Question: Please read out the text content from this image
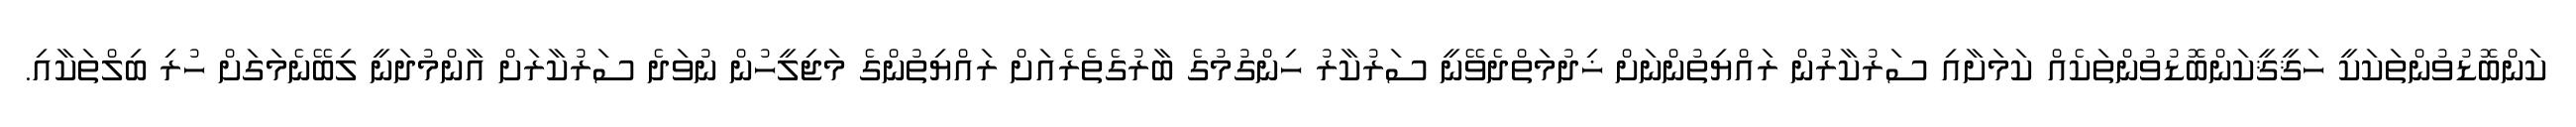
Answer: ކަންބޮޑުވުންތަކަކީ ހަޤީޤީކަންބޮޑުވުންތަކެއް ކަމަށާއި ސަރުކާރުން ރައްޔިތުންނަށް ޚިދުމަތްދެވޭނީ ސަރުކާރު ހިންގުމުގެ ބާރުގެތެރެއަށް ރައްޔިތުންގެ މަޖިލީހުން ނުވަދެ ސަރުކާރަށް އާންމުދަނީ ލިބޭނެމަގަށް ހުރި ބިލްތަކާއި.